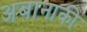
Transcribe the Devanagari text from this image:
अबानाकी